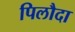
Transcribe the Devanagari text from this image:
पिलौदा